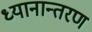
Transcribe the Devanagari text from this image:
ध्यानान्तरण